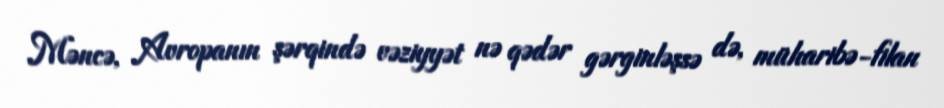
Məncə, Avropanın şərqində vəziyyət nə qədər gərginləşsə də, müharibə-filan